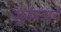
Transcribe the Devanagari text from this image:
भूर्जपत्राचे